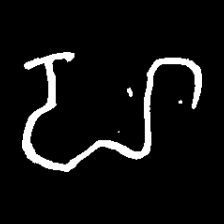
Pyu character \u2014 Myanmar letter: ဟ (romanized: ha)